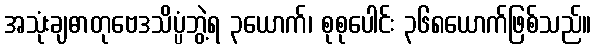
အသုံးချဓာတုဗေဒသိပ္ပံဘွဲ့ရ ၃ယောက်၊ စုစုပေါင်း ၃၆၈ယောက်ဖြစ်သည်။